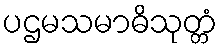
ပဌမသမာဓိသုတ္တံ